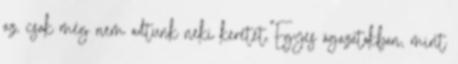
az, csak még nem adtunk neki keretet."Egyes ágazatokban, mint